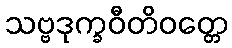
သဗ္ဗဒုက္ခဝီတိဝတ္တေ